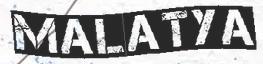
MALATYA